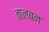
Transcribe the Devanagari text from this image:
तालबन